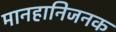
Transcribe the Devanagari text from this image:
मानहानिजनक